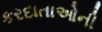
કરદાતાઓની